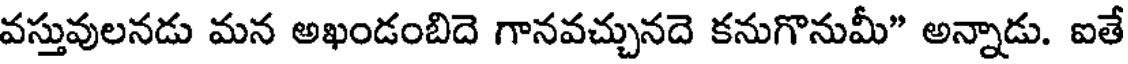
వస్తువులనడు మన అఖండంబిదె గానవచ్చునదె కనుగొనుమీ" అన్నాడు. ఐతే